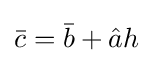
{\bar {c}}={\bar {b}}+{\hat {a}}h